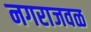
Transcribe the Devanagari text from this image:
नगराजवळ